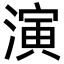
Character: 演